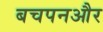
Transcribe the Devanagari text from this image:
बचपनऔर